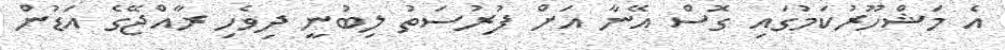
އެ މަޝްހޫރުކަމުގައި ގޮސް އޭނާ އަށް ފުރުސަތު ލިބުނީ ދިވެހި ރާއްޖޭގެ އަޑުން